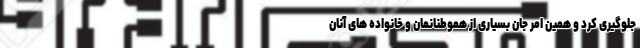
جلوگیری کرد و همین امر جان بسیاری از هموطنانمان و خانواده های آنان